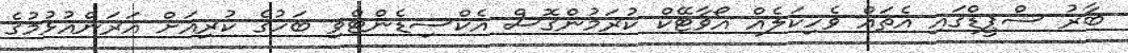
ބާރު ސްޕީޑްގައި އެތައް ވެހިކަލެއް އޯވާޓޭކް ކުރަމުންގޮސް އެކްސިޑެންޓްވި ބަހުގެ ކުރިއަށް އަރަންއުޅުމުގެ